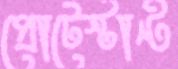
প্রোটেস্টান্ট